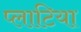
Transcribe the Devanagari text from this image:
प्लाटिया